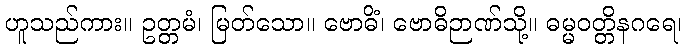
ဟူသည်ကား။ ဥတ္တမံ၊ မြတ်သော။ ဗောဓိံ၊ ဗောဓိဉာဏ်သို့။ ဓမ္မဝတ္တိနဂရေ၊